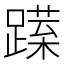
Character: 𨅈